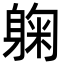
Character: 躹